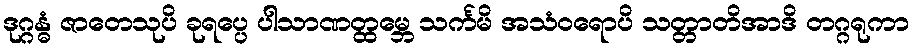
ဒုဂ္ဂန္ဓံ ဇာတေသုပိ ခုရပ္ပေ ပါသာဏတ္ထမ္ဘေ သင်္ကမိ အသံဝရောပိ သတ္တာတိအာဒိ တဂ္ဂရုကာ